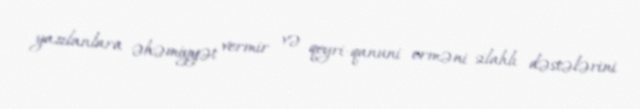
yazılanlara əhəmiyyət vermir və qeyri-qanuni erməni silahlı dəstələrini